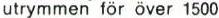
utrymmen för över 1500